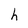
Character: h